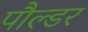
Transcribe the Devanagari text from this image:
पौल्डर